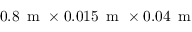
0 . 8 \, \mathrm { ~ m ~ } \times 0 . 0 1 5 \, \mathrm { ~ m ~ } \times 0 . 0 4 \, \mathrm { ~ m ~ }